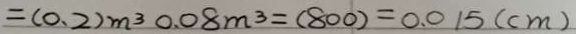
= ( 0 . 2 ) m ^ { 3 } 0 . 0 8 m ^ { 3 } = ( 8 0 0 ) = 0 . 0 1 5 ( c m )